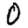
Digit: 0